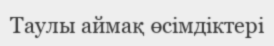
Таулы аймақ өсімдіктері